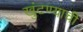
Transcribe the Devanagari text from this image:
खुंटण्याची